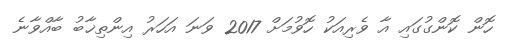
ހޮން ކޮންގުގައި އާ ވެރިއަކު ހޮވުމަށް 2017 ވަނަ އަހަރު އިންތިޚާބު ބާއްވާނެ